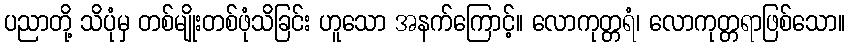
ပညာတို့ သိပုံမှ တစ်မျိုးတစ်ဖုံသိခြင်း ဟူသော အနက်ကြောင့်။ လောကုတ္တရံ၊ လောကုတ္တရာဖြစ်သော။